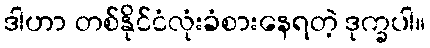
ဒါဟာ တစ်နိုင်ငံလုံးခံစားနေရတဲ့ ဒုက္ခပါ။